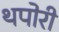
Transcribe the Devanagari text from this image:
थपोरी